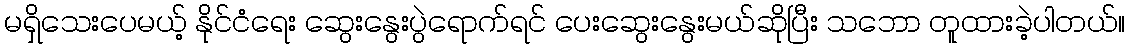
မရှိသေးပေမယ့် နိုင်ငံရေး ဆွေးနွေးပွဲရောက်ရင် ပေးဆွေးနွေးမယ်ဆိုပြီး သဘော တူထားခဲ့ပါတယ်။